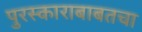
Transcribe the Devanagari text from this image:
पुरस्काराबाबतचा